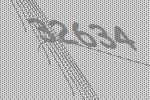
32634